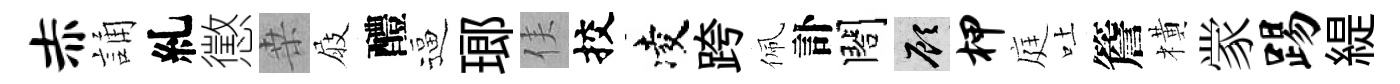
赤誦糺懲桒屐醴逼瑯侯挍凌跨佩訃閤顧柙庭吐簷橫䝉踢緹